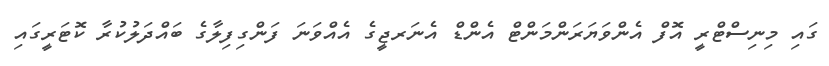
ގައި މިނިސްޓްރީ އޮފް އެންވަޔަރަންމަންޓް އެންޑް އެނަރޖީގެ އެއްވަނަ ފަންގިފިލާގެ ބައްދަލުކުރާ ކޮޓަރީގައި